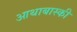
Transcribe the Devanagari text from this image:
आथाबास्की